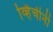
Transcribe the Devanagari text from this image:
व्हिंचीनी